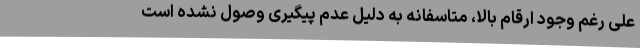
علی رغم وجود ارقام بالا، متاسفانه به دلیل عدم پیگیری وصول نشده است